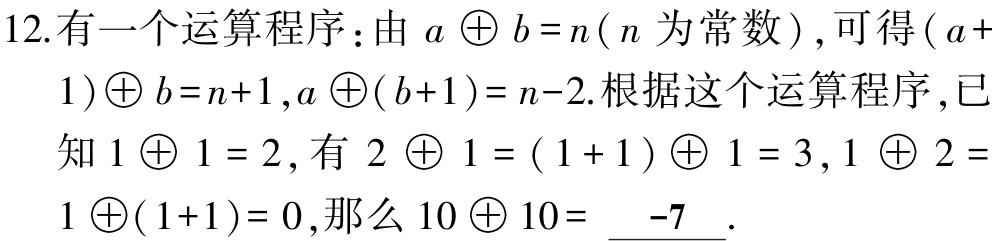
12.有一个运算程序：由 \(a \oplus b =n\)（\(n\)为常数），可得\((a + 1)\oplus b=n + 1\)，\(a\oplus(b + 1)=n - 2\)。根据这个运算程序，已知 \(1\oplus1 = 2\)，有 \(2\oplus1=(1 + 1)\oplus1 = 3\)，\(1\oplus2=1\oplus(1 + 1)=0\)，那么 \(10\oplus10=\underline{-7}\)。